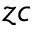
z c